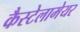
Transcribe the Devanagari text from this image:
कैस्टेलामेयर